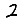
Digit: 2